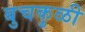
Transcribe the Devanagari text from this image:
बुचकुळी